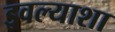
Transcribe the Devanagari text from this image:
इवल्याशा